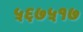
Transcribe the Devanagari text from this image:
५६७५१७